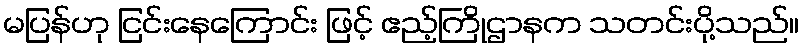
မပြန်ဟု ငြင်းနေကြောင်း ဖြင့် ဧည့်ကြိုဌာနက သတင်းပို့သည်။